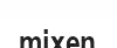
mixen